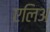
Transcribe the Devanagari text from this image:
एलिअ